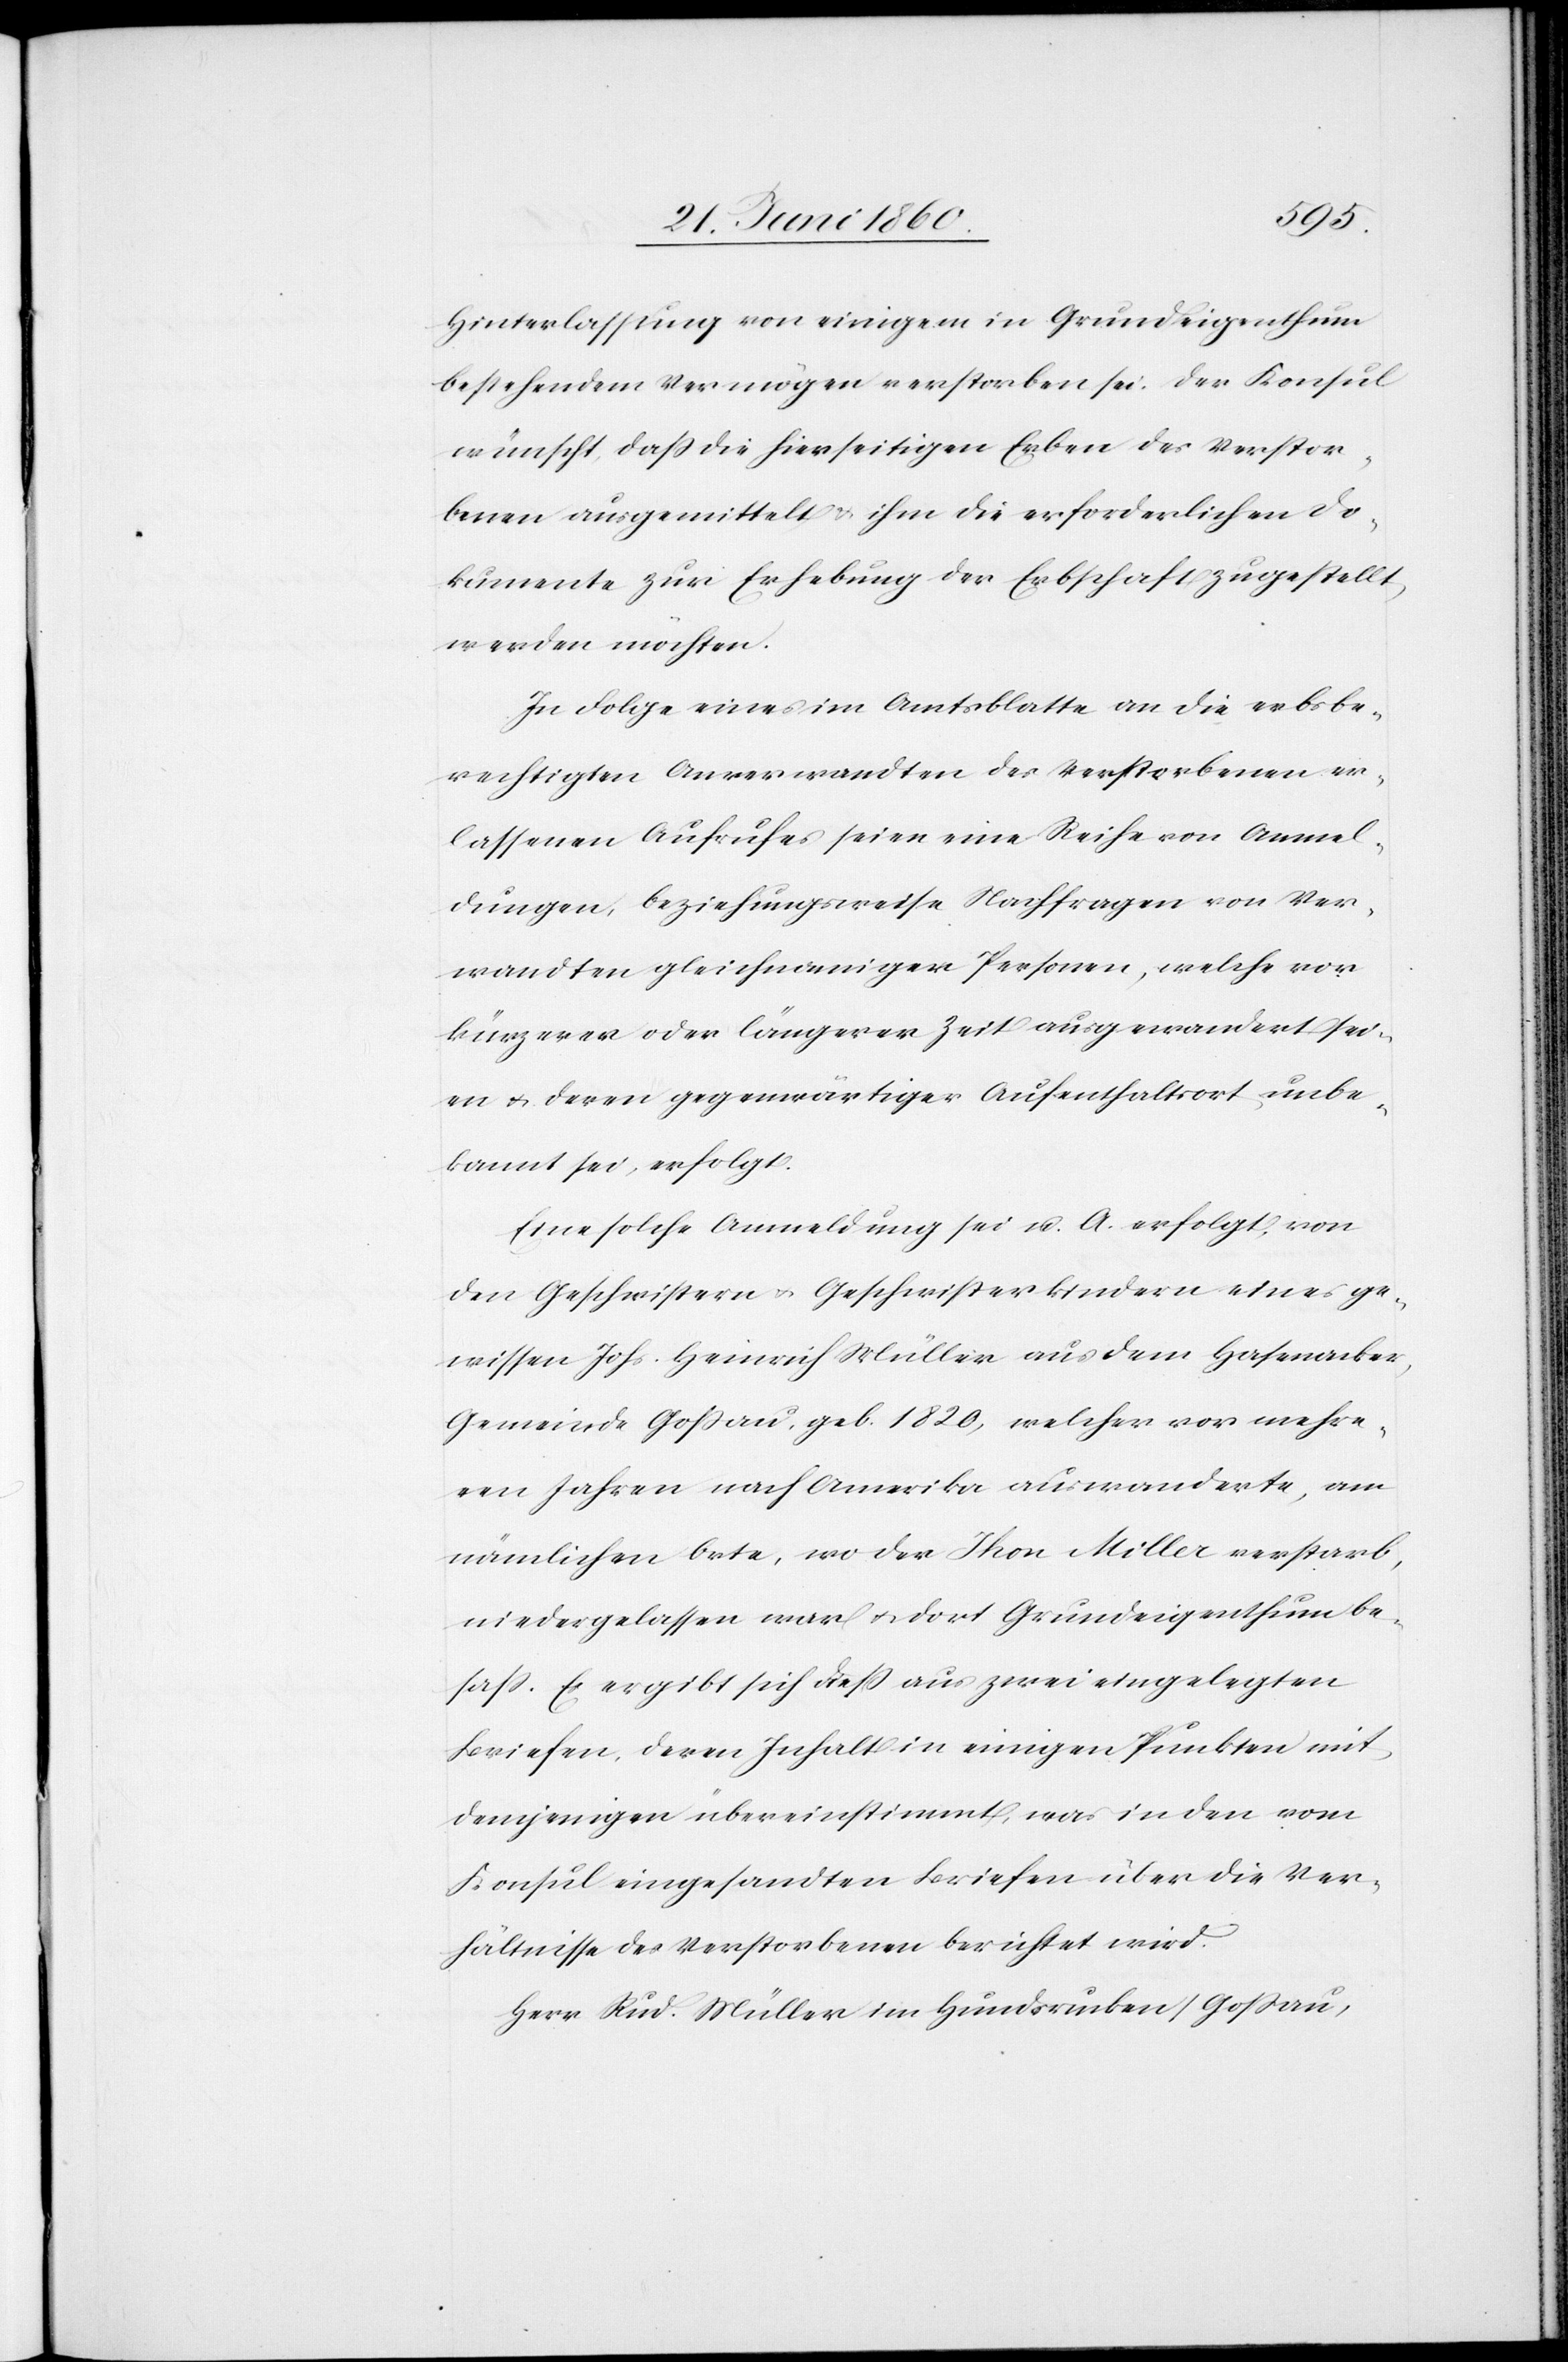
Hinterlassung von einigen in Grundeigenthum
bestehendem Vermögen verstorben sei. Das Konsul
wünscht, dass die hierseitigen Erben des Verstor¬
benen ausgemittelt u. ihm die erforderlichen Do¬
kumente zur Erhebung der Erbschaft zugestellt,
werden möchten.
In Folge eines im Amtsblatte an die erbsbe¬
rechtigten Anverwandten des Verstorbenen er¬
lassenen Aufrufes seien eine Reihe von Anmel¬
dungen, beziehungsweise Nachfragen von Ver¬
wandten gleichnamiger Personen, welche vor
kürzerer oder längerer Zeit ausgewandert sei¬
en u. deren gegenwärtiger Aufenthaltsort, unbe¬
kannt sei, erfolgt.
Eine solche Anmeldung sei u. A. erfolgt, von
den Geschwistern u. Geschwisterkindern eines ge¬
wissen Johs. Heinrich Müller aus dem Hasenacker,
Gemeinde Gossau, geb. 1820, welcher vor mehre¬
ren Jahren nach Amerika auswanderte, am
nämlichen Orte, wo der Thon Miller verstarb,
niedergelassen war u. dort Grundeigenthum be¬
sass. Es ergibt sich diess aus zwei eingelegten
Briefen, deren Inhalt in einigen Punkten mit
demjenigen übereinstimmt, was in den vom
Konsul eingesandten Briefen über die Ver¬
hältnisse des Verstorbenen berichtet wird.
Herr Rud. Müller im Hundsrucken/Gossau,